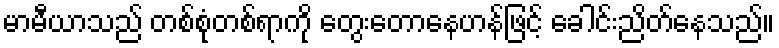
မာမီယာသည် တစ်စုံတစ်ရာကို တွေးတောနေဟန်ဖြင့် ခေါင်းညိတ်နေသည်။